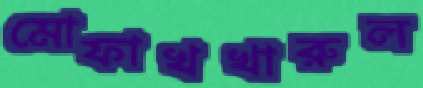
মোফাখখারুল